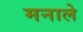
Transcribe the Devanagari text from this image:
मनाले